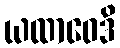
ယထာဝေဒိ